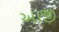
આજી